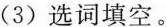
(3)选词填空。